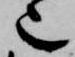
也